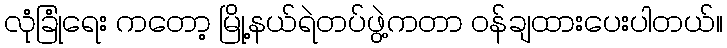
လုံခြုံရေး ကတော့ မြို့နယ်ရဲတပ်ဖွဲ့ကတာ ဝန်ချထားပေးပါတယ်။